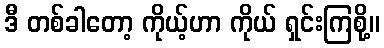
ဒီ တစ်ခါတော့ ကိုယ့်ဟာ ကိုယ် ရှင်းကြစို့။